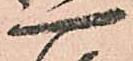
一